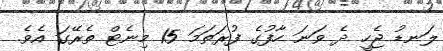
ލަނޑު ޖެހީ ދެ ވަނަ ހާފުގެ ފުރަތަމަ 15 މިނެޓް ތެރޭގަ އެވެ.